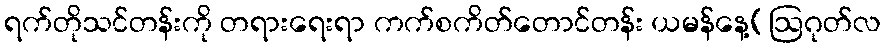
ရက်တိုသင်တန်းကို တရားရေးရာ ကက်စကိတ်တောင်တန်း ယမန်နေ့(ဩဂုတ်လ